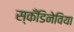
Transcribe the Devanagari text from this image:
स्कँडिनेविया